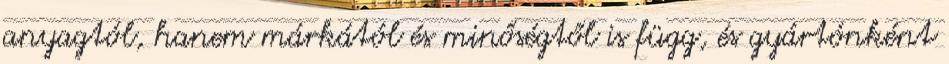
anyagtól, hanem márkától és minőségtől is függ, és gyártónként